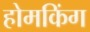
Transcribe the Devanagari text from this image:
होमकिंग